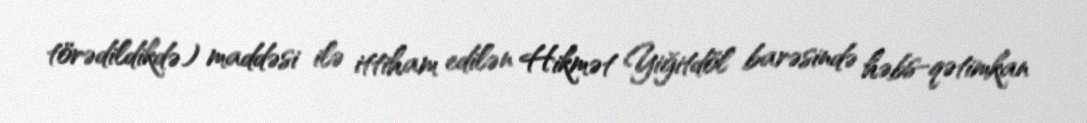
törədildikdə) maddəsi ilə ittiham edilən Hikmət Yiğitdöl barəsində həbs-qətimkan